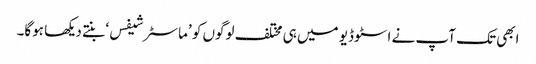
ابھی تک آپ نے اسٹوڈیو میں ہی مختلف لوگوں کو ’ماسٹر شیفس‘ بنتے دیکھا ہوگا۔